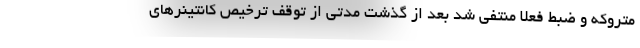
متروکه و ضبط فعلا منتفی شد بعد از گذشت مدتی از توقف ترخیص کانتینرهای